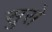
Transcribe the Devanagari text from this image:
सुसे